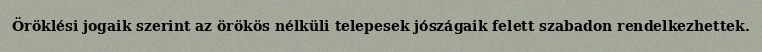
Öröklési jogaik szerint az örökös nélküli telepesek jószágaik felett szabadon rendelkezhettek.